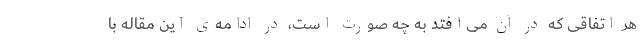
هر اتفاقی که در آن می‌افتد به چه صورت است، در ادامه‌ی این مقاله با